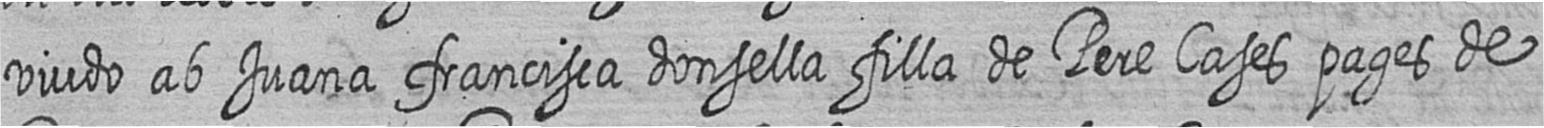
viudo ab Juana francisca donsella filla de Pere Cases pages de